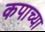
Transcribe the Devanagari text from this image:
कपाच्या